Indian journal of veterinary science and animal husbandry - Volumes 15-17, 1948-1951
Year: 1948
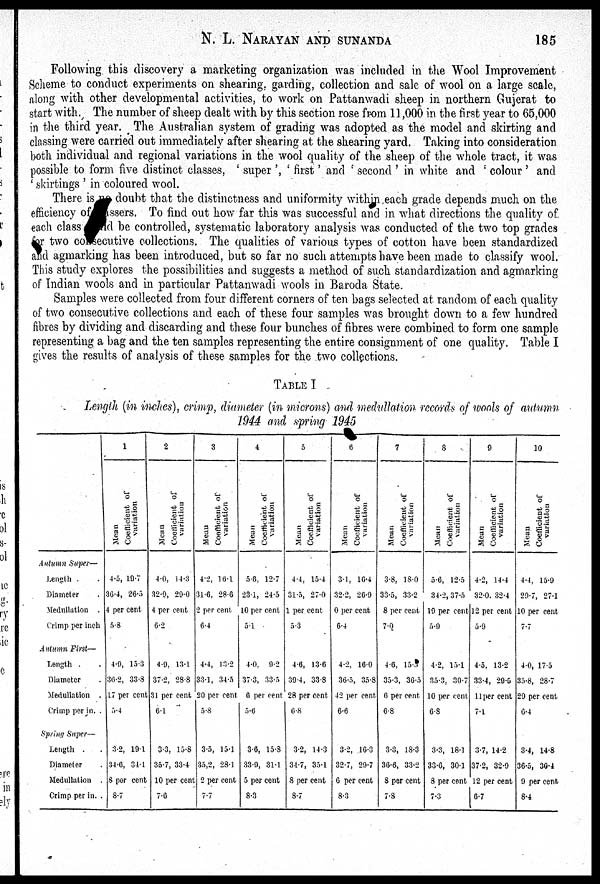
N.
L.
NARAYAN
AND
SUNANDA
185
Following this discovery a marketing organization was included in the Wool Improvement
Scheme to conduct experiments on shearing, garding, collection and sale of wool on a large scale,
along with other developmental activities, to work on Pattanwadi sheep in northern Gujerat to
start with. The number of sheep dealt with by this section rose from 11,000 in the first year to 65,000
in the third year. The Australian system of grading was adopted as the model and skirting and
classing were carried out immediately after shearing at the shearing yard. Taking into consideration
both individual and regional variations in the wool quality of the sheep of the whole tract, it was
possible to form five distinct classes, ' super ', ' first ' and ' second ' in white and 'colour' and
'skirtings' in coloured wool.
There is doubt that the distinctness and uniformity within each grade depends much on the
efficiency of assers. To find out how far this was successful and in what directions the quality of.
each class and be controlled, systematic laboratory analysis was conducted of the two top grades
for two consecutive collections. The qualities of various types of cotton have been standardized
and agmarking has been introduced, but so far no such attempts have been made to classify wool.
This study explores the possibilities and suggests a method of such standardization and agmarking
of Indian wools and in particular Pattanwadi wools in Baroda State.
Samples were collected from four different corners of ten. bags selected at random of each quality
of two consecutive collections and each of these four samples was brought down to a few hundred
fibres by dividing and discarding and these four bunches of fibres were combined to form one sample
representing a bag and the ten samples representing the entire consignment of one quality. Table I
gives the results of analysis of these samples for the two collections.
TABLE I
Length (in inches), crimp, diameter (in microns) and medullation records of wools of autumn
1944 and spring 1945
Autumn Super—
Length . .
Diameter .
Medullation .
Crimp per inch
Autumn First—
Length . .
Diameter .
Medullation .
Crimp per inch
Spring Super—
Length . .
Diameter .
Medullation .
Crimp per inch .
1
Mean
Coefficient of
variation
4.5, 19.7
36.4, 26.5
4 per cent
5.8
4.9, 15.3
36.2, 33.8
17 per cent
5.4
3.2, 19.1
34.6, 34.1
8 per cent
8.7
2
Mean
Coefficient of
variation
4.0, 14.3
32.9, 29.0
4 per cent
6.2
4.9, 13.1
37.2, 28.8
31 per cent
6.1
3.3, 15.8
35.7, 33.4
10 per cent
7.6
3
Mean
Coefficient of
variation
4.2, 16.1
31.6, 28.6
2 per cent
6.4
4.4, 13.2
33.1, 34.5
20 per cent
5.8
3.5, 15.1
35,2, 28.1
2 per cent
7.7
4
Mean
Coefficient of
variation
5.6, 12.7
23.1, 24.5
10 per cent
5.1
4.0, 9.2
37.3, 33.5
6 per cent
5.6
3.6, 15.8
33.9, 31.1
5 per cent
8.3
5
Mean
Coefficient of
variation
4.4, 15.4
31.5, 27.0
1 per cent
5.3
4.6, 13.6
39.4, 33.8
28 per cent
6.8
3.2 14.3
34.7, 35.1
8 per cent
8.7
6
Mean
Coefficient of
variation
3.1, 16.4
32.2, 26.9
0 per cent
6.4
4.2, 16.0
36.5, 35.8
42 per cent
6.6
3.2, 16.3
32.7, 29.7
6 per cent
8.3
7
Mean
Coefficient of
variation
3.8, 18.0
33.5, 33.2
8 per cent
7.0
4.6, 15.5
35.3, 36.5
6 per cent
6.8
3.3, 18.3
36.6, 33.2
8 per cent
7.8
8
Mean
Coefficient of
variation
5.6, 12.5
34.2, 37.5
19 per cent
5.9
4.2, 15.1
35.3, 30.7
10 per cent
6.8
3.3, 18.1
33.6, 30.1
8 per cent
7.3
9
Mean
Coefficient of
variation
4.2, 14.4
32.0, 32.4
12 per cent
5.9
4.5, 13.2
33.4, 29.5
11 per cent
7.1
3.7, 14.2
37.2, 32.9
12 per cent
6.7
10
Mean
Coefficient of
variation
4.4, 15.9
29.7, 27.1
10 per cent
7.7
4.0, 17.5
35.8, 28.7
29 per cent
6.4
3.4, 14.8
36.5, 30.4
9 per cent
8.4